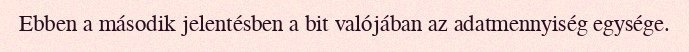
Ebben a második jelentésben a bit valójában az adatmennyiség egysége.